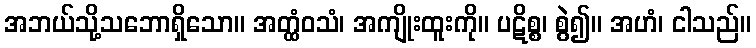
အဘယ်သို့သဘောရှိသော။ အတ္ထံဝသံ၊ အကျိုးထူးကို။ ပဋိစ္စ၊ စွဲ၍။ အဟံ၊ ငါသည်။